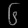
Digit: ၆